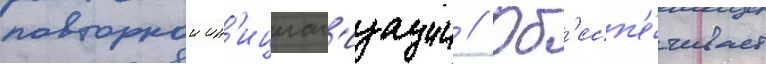
повторнои ин'ициал'изации // Об'есп'е́чивает